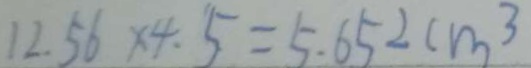
1 2 . 5 6 \times 4 . 5 = 5 . 6 5 2 c m ^ { 3 }